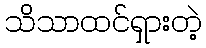
သိသာထင်ရှားတဲ့